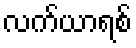
လက်ယာရစ်